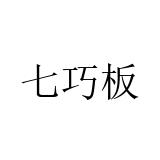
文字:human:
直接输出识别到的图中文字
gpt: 七巧板